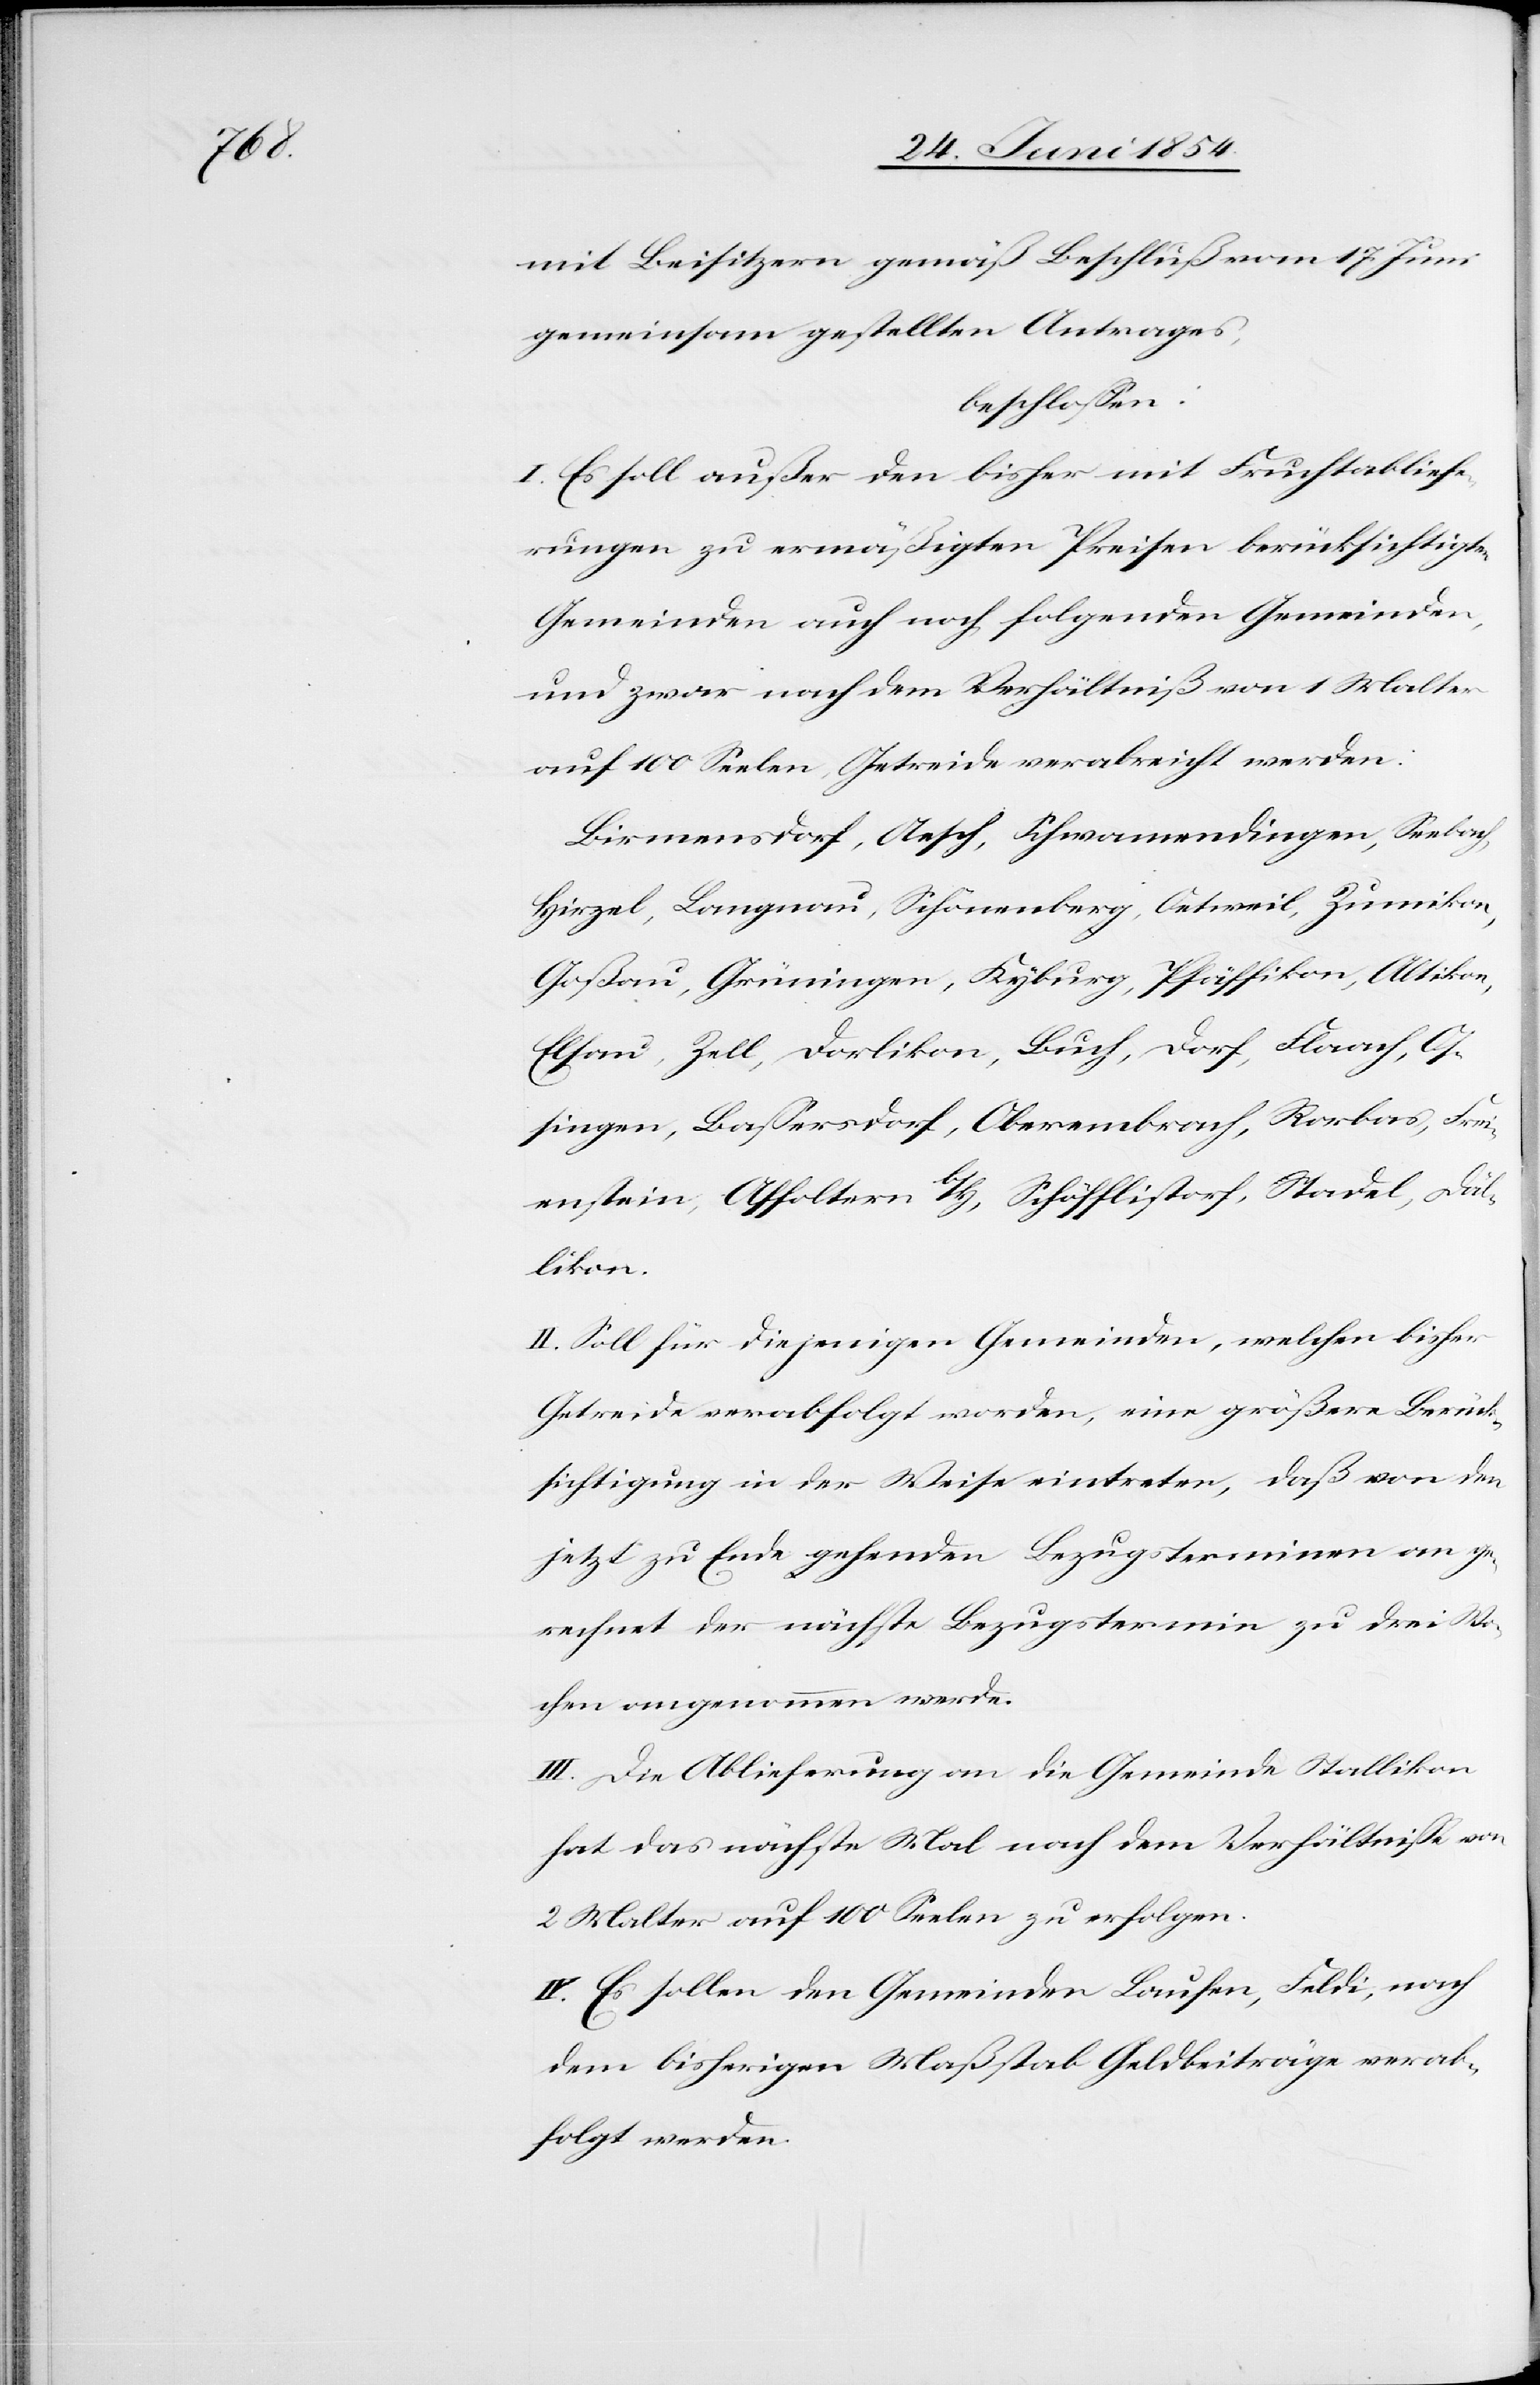
mit Beisitzern gemäß Beschluß vom 17. Juni
gemeinsam gestellten Antrages,
beschloßen:
I. Es soll außer den bisher mit Fruchtabliefe¬
rungen zu ermäßigten Preisen berücksichtigten
Gemeinden auch noch folgende Gemeinden,
und zwar nach dem Verhältniß von 1 Malter
auf 100 Seelen, Getreide verabreicht werden:
Birmensdorf, Aesch, Schwamendingen, Seebach,
Hirzel, Langnau, Schönenberg, Oetweil, Zumikon,
Goßau, Grüningen, Kyburg, Pfäffikon, Altikon,
Elsau, Zell, Dorlikon, Buch, Dorf, Flaach, Os¬
singen, Baßersdorf, Oberembrach, Rorbas, Frei¬
enstein, Affoltern b/Z., Schöfflistorf, Stadel, Däl¬
likon.
II. Soll für diejenigen Gemeinden, welchen bisher
Getreide verabfolgt worden, eine größere Berück¬
sichtigung in der Weise eintreten, daß von dem
jetzt zu Ende gehenden Bezugsterminen an ge¬
rechnet der nächste Bezugstermin zu drei Wo¬
chen angenommen werde.
III. Die Ablieferung an die Gemeinde Stallikon
hat das nächste Mal nach dem Verhältniße von
2 Malter auf 100 Seelen zu erfolgen.
IV. Es sollen den Gemeinden Laufen, Feldi, nach
dem bisherigen Maßstab Geldbeiträge verab¬
folgt werden.